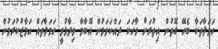
ހަމަލާތަކާ ބެހޭ ގޮތުން އިތުރަށް ވާހަކަ ދައްކަވަމުން އޮބާމާ ވިދާޅުވީ ހަމަލާތައް އަމާޒުކުރަމުން